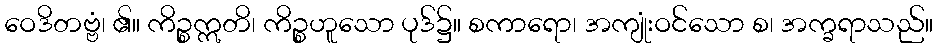
ဝေဒိတဗ္ဗံ၊ ၏။ ကိဉ္စဣတိ၊ ကိဉ္စဟူသော ပုဒ်၌။ စကာရော၊ အကျုံးဝင်သော စ၊ အက္ခရာသည်။